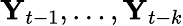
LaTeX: \mathbf{Y}_{t-1},\dots,\mathbf{Y}_{t-k}